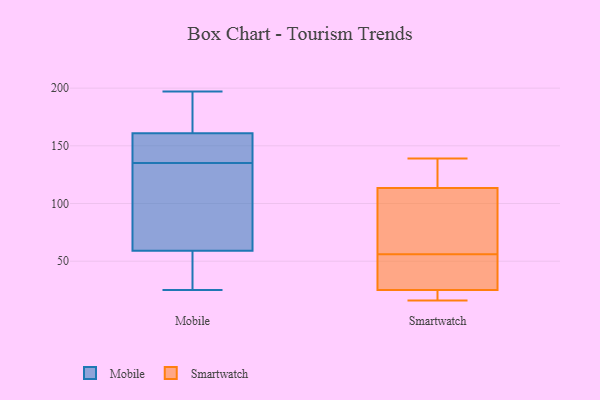
{"axis": {"x": "Operating Costs (USD K)", "y": "Value"}, "legend": ["Mobile", "Smartwatch"], "data": [{"x": "", "y": 136, "type": "Mobile"}, {"x": "", "y": 42, "type": "Mobile"}, {"x": "", "y": 156, "type": "Mobile"}, {"x": "", "y": 29, "type": "Mobile"}, {"x": "", "y": 197, "type": "Mobile"}, {"x": "", "y": 145, "type": "Mobile"}, {"x": "", "y": 55, "type": "Mobile"}, {"x": "", "y": 63, "type": "Mobile"}, {"x": "", "y": 194, "type": "Mobile"}, {"x": "", "y": 134, "type": "Mobile"}, {"x": "", "y": 169, "type": "Mobile"}, {"x": "", "y": 166, "type": "Mobile"}, {"x": "", "y": 98, "type": "Mobile"}, {"x": "", "y": 148, "type": "Mobile"}, {"x": "", "y": 63, "type": "Mobile"}, {"x": "", "y": 25, "type": "Mobile"}, {"x": "", "y": 88, "type": "Smartwatch"}, {"x": "", "y": 45, "type": "Smartwatch"}, {"x": "", "y": 26, "type": "Smartwatch"}, {"x": "", "y": 139, "type": "Smartwatch"}, {"x": "", "y": 40, "type": "Smartwatch"}, {"x": "", "y": 56, "type": "Smartwatch"}, {"x": "", "y": 121, "type": "Smartwatch"}, {"x": "", "y": 111, "type": "Smartwatch"}, {"x": "", "y": 22, "type": "Smartwatch"}, {"x": "", "y": 57, "type": "Smartwatch"}, {"x": "", "y": 138, "type": "Smartwatch"}, {"x": "", "y": 20, "type": "Smartwatch"}, {"x": "", "y": 16, "type": "Smartwatch"}]}